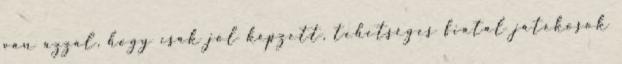
van azzal, hogy csak jól képzett, tehetséges fiatal játékosok